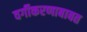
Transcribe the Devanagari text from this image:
वर्गीकरणाबाबत